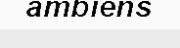
ambiens